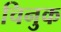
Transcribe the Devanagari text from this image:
चिनुक